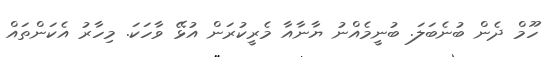
ހޫމް ދެން ބުނެބަލަ. ބުނީމެއްނު ޔާނާއާ މެރީކުރަން އުޅޭ ވާހަކަ. މިހާރު އެކަންތައް